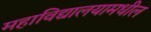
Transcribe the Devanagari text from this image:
महाविद्यालयामधील